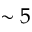
\sim 5